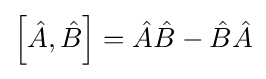
\left[{\hat {A}},{\hat {B}}\right]={\hat {A}}{\hat {B}}-{\hat {B}}{\hat {A}}